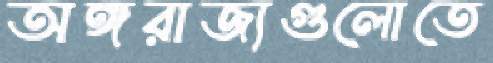
অঙ্গরাজ্যগুলোতে